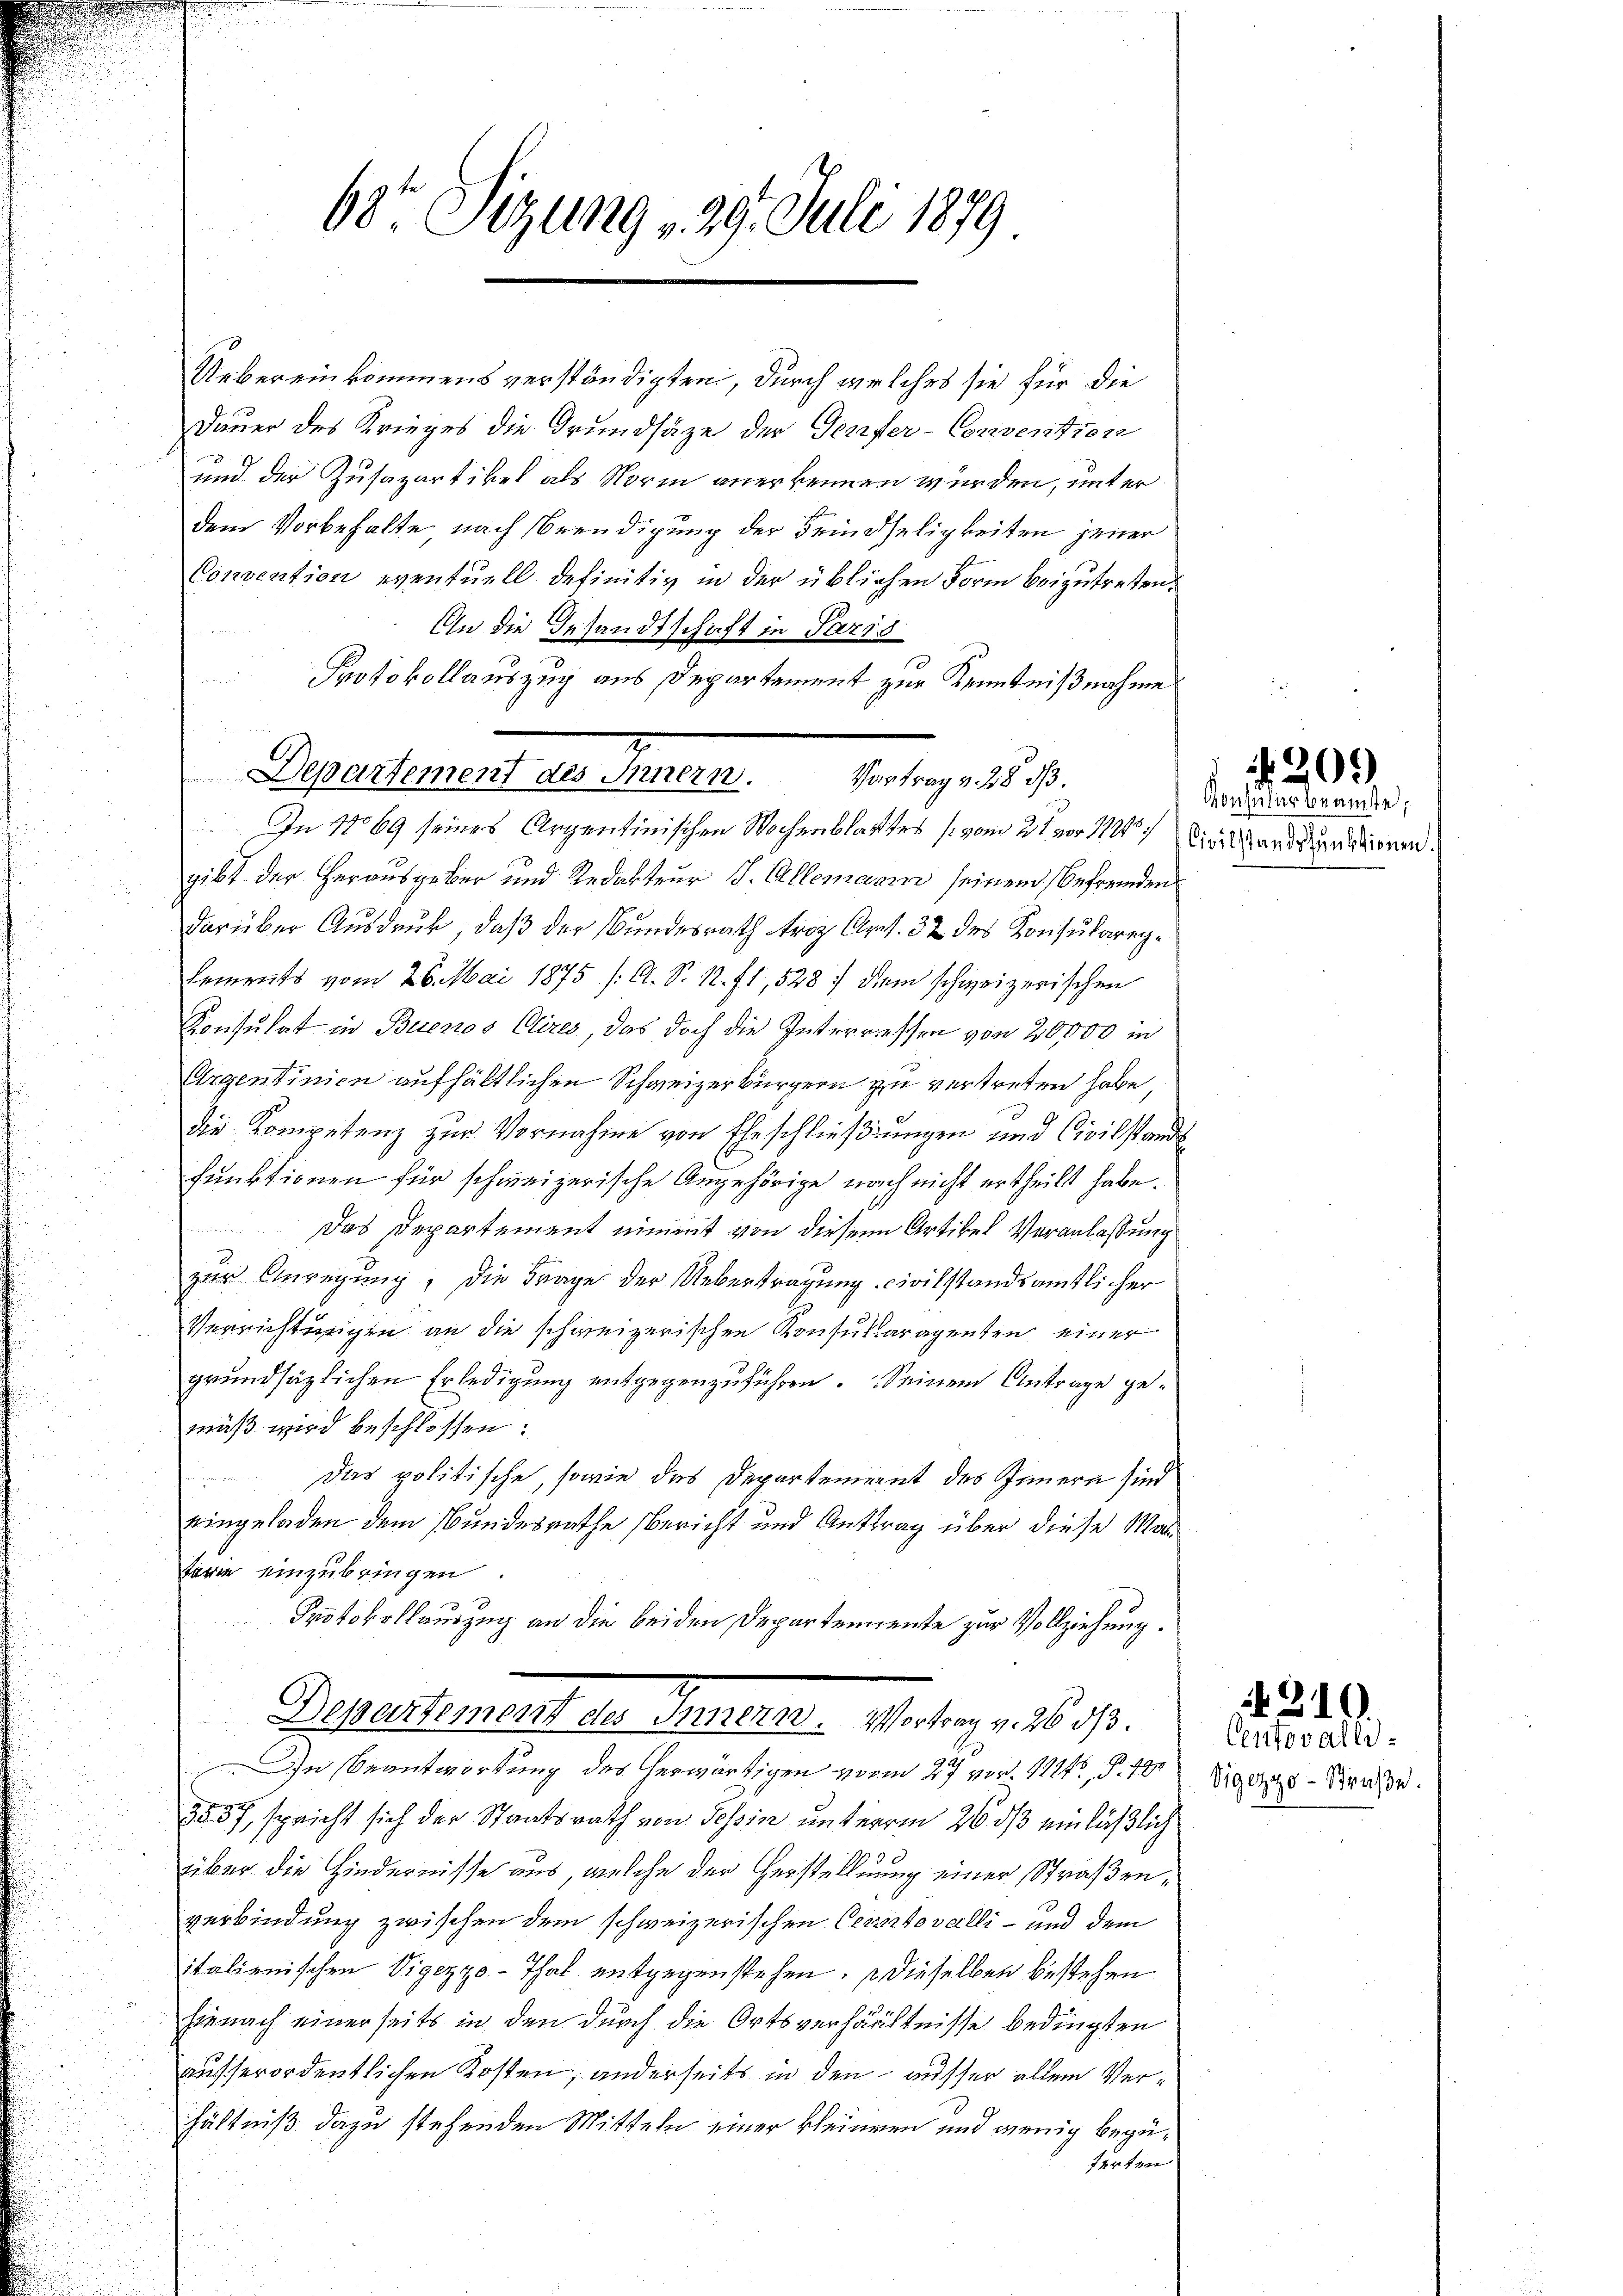
Uebereinkommens verständigten, durch verlehrs sie für die
Dauer des Krieges die Grundsätze der Genfer-Convention
und der Zusapartikel als Norm anerkennen würden, unter
dem Vorbehalte nach Beendigung der Feindseligkeiten jener
Convention eventuell definitiv in der üblichen Form beizutreten.
An die Gesandtschaft in Paris
Protokollauszug aus Departement zur Kenntnißnahme
gibt der Herausgeber und Redakteur J. Allemann seinem Befremden
darüber Ausdruck, daß der Bundesrath troz Art. 32 des Konsulareglements vom 26. Mai 1875 /: A. S. 12. 71, 5287 dem schweizerischen
Konsulat in Buenos Clires, das doch die Interressen von 20,000 in
Argentinien aufhältlichen Schweizerbürgern zu vertreten habe,
die Kompetenz zur Vornahme von Eheschließungen und Civilstands
funktionen für schweizerische Angehörige nach nicht ertheilt habe.
Das Departement nimmt von diesem Artikel Veranlassung
zur Anregung, die Frage der Uebertragung civilstandsamtlicher
Verrichtungen an die schweizerischen Konsukaragenten einer
grundsätzlichen Erledigung entgegenzuführen. Seinem Antrage gemäß wird beschlossen:
Das politische, sowie des Departement des Innern sind
eingeladen dem Bundesrathe Bericht und Antrag über diese Materie einzubringen.
Protokollauszug an die beiden Departemente zur Vollziehung.
Peuertement der Gemeiner 191. a. p. 18. 70.
In Beantwortung des herwärtigen vom 27 vor. 112, S. 490
2557, spricht sich der Staatsrath von Tessin unterm 26. ds einläßlich
über die Hindernisse aus, welche der Herstellung einer Straßenverbindung zwischen dem schweizerischen Cerortovalli - und dem
italienischen Vigezzo-Thal entgegenstehen, dieselben bestehen
hienach einerseits in den durch die Ortsverhältnisse bedingten
ausserordentlichen Kosten, anderseits in den ausser allem Verhältniß dazu stehenden Mitteln einer kleinen und wenig begüfarten

68' Sizung v. 29. Juli 1879

Departement des Innern.
Vortrag v. 28. dß.
In 1869 seines Argentinischen Wochenblattes (vom 2ten 111) Einstanderunddienen.

7

ontuler beamte,

209

Centovalli
Vigozgo-Straße.

310.